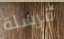
مرسلة